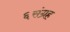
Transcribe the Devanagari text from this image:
६संग्रह